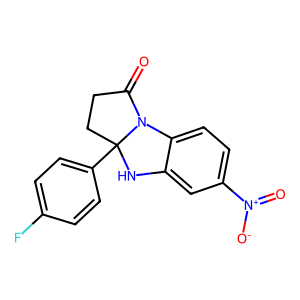
SMILES: O=C1CCC2(c3ccc(F)cc3)Nc3cc([N+](=O)[O-])ccc3N12
Inhibits HIV replication: No